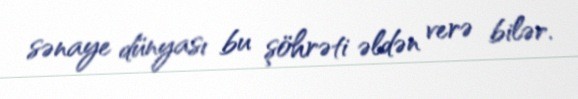
sənaye dünyası bu şöhrəti əldən verə bilər.